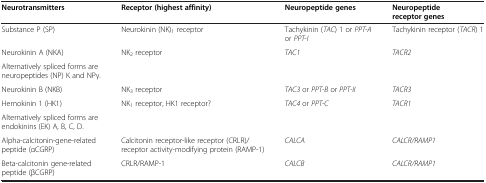
<table><thead><tr><td><b>Neurotransmitters</b></td><td><b>Receptor (highest affinity)</b></td><td><b>Neuropeptide genes</b></td><td><b>Neuropeptide receptor genes</b></td></tr></thead><tbody><tr><td>Substance P (SP)</td><td>Neurokinin (NK)<sub>1</sub> receptor</td><td>Tachykinin (<i>TAC</i>) 1 or <i>PPT-A</i> or <i>PPT-I</i></td><td>Tachykinin receptor (<i>TACR</i>) 1</td></tr><tr><td>Neurokinin A (NKA)</td><td rowspan="2">NK<sub>2</sub> receptor</td><td rowspan="2"><i>TAC1</i></td><td rowspan="2"><i>TACR2</i></td></tr><tr><td>Alternatively spliced forms are neuropeptides (NP) K and NPγ.</td></tr><tr><td>Neurokinin B (NKB)</td><td>NK<sub>3</sub> receptor</td><td><i>TAC3</i> or <i>PPT-B</i> or <i>PPT-II</i></td><td><i>TACR3</i></td></tr><tr><td>Hemokinin 1 (HK1)</td><td rowspan="2">NK<sub>1</sub> receptor, HK1 receptor?</td><td rowspan="2"><i>TAC4</i> or <i>PPT-C</i></td><td rowspan="2"><i>TACR1</i></td></tr><tr><td>Alternatively spliced forms are endokinins (EK) A, B, C, D.</td></tr><tr><td>Alpha-calcitonin-gene-related peptide (αCGRP)</td><td>Calcitonin receptor-like receptor (CRLR)/receptor activity-modifying protein (RAMP-1)</td><td><i>CALCA</i></td><td><i>CALCR/RAMP1</i></td></tr><tr><td>Beta-calcitonin gene-related peptide (βCGRP)</td><td>CRLR/RAMP-1</td><td><i>CALCB</i></td><td><i>CALCR/RAMP1</i></td></tr></tbody></table>